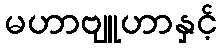
မဟာဗျူဟာနှင့်